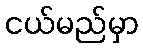
ငယ်မည်မှာ